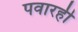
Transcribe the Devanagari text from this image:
पवारही